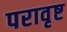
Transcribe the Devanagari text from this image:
परावृष्ट